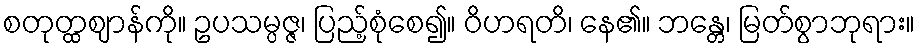
စတုတ္ထဈာန်ကို။ ဥပသမ္ပဇ္ဇ၊ ပြည့်စုံစေ၍။ ဝိဟရတိ၊ နေ၏။ ဘန္တေ၊ မြတ်စွာဘုရား။